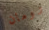
رومان